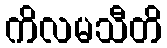
ကိလမသီတိ